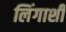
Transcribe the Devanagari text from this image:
लिंगाशी